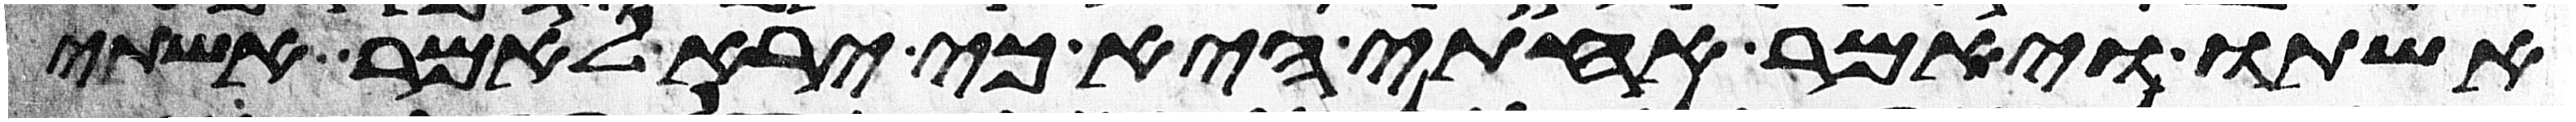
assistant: אשתו ויאמר אחותי היא כי ירא לאמר אשתי